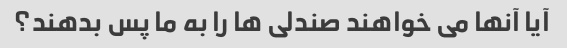
آیا آنها می خواهند صندلی ها را به ما پس بدهند؟